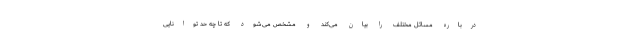
درباره مسائل مختلف را بیان می‌کند و مشخص می‌شود که تا چه حد توانایی